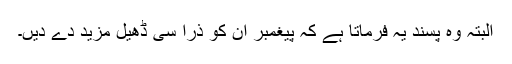
البتہ وہ پسند یہ فرماتا ہے کہ پیغمبر ان کو ذرا سی ڈھیل مزید دے دیں۔